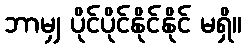
ဘာမျှ ပိုင်ပိုင်နိုင်နိုင် မရှိ။